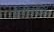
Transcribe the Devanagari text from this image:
कैपीलोलिन